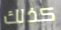
كذلك